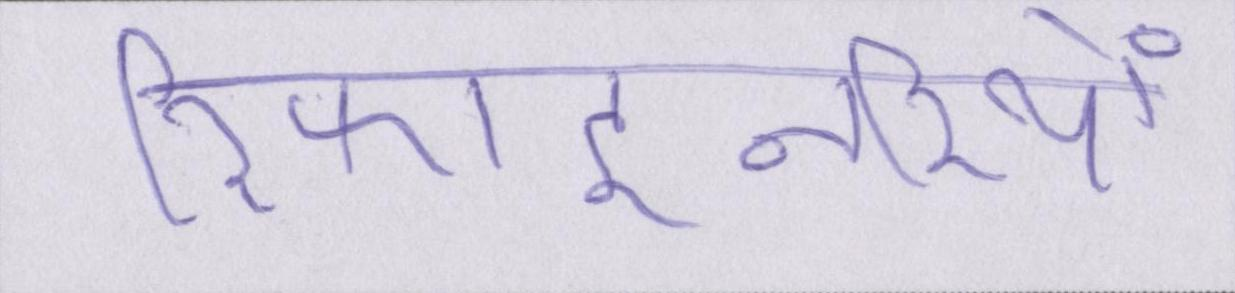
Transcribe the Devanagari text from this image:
रिफाइनरियों